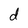
Character: d